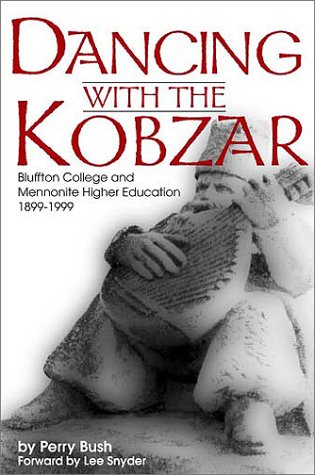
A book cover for Dancing With the Kobzar (Studies in Anabaptist and Mennonite History); Perry Bush; Christian Books & Bibles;